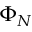
\Phi _ { N }